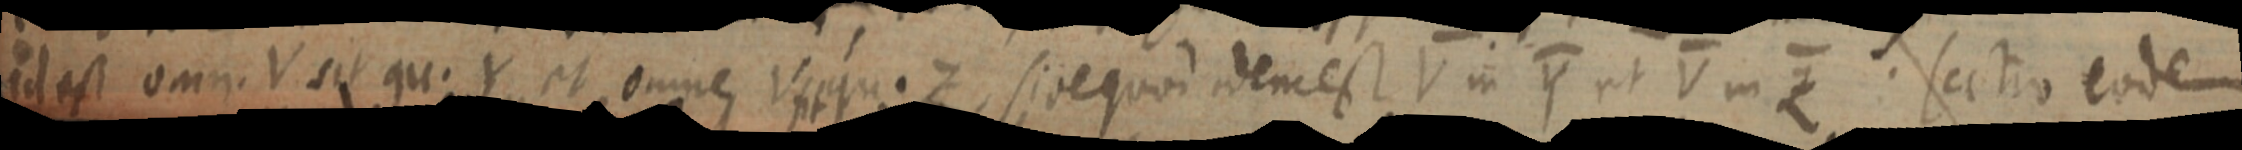
id est omn. V sit qu. Y et omne rppfuet sive quod idem est V in Y ut V in Z. sectio eodem